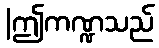
|ဤကဏ္ဍသည်